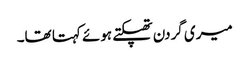
میری گردن تھپکتے ہوئے کہتا تھا۔